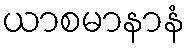
ယာစမာနာနံ